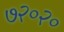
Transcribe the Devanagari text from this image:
७२०२०